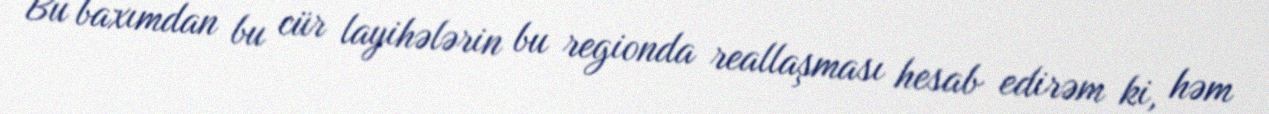
Bu baxımdan bu cür layihələrin bu regionda reallaşması hesab edirəm ki, həm